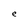
Character: e